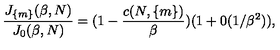
\frac { J _ { \{ m \} } ( \beta , N ) } { J _ { 0 } ( \beta , N ) } = ( 1 - \frac { c ( N , \{ m \} ) } { \beta } ) ( 1 + 0 ( 1 / \beta ^ { 2 } ) ) ,